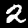
Label: 2